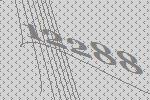
12288